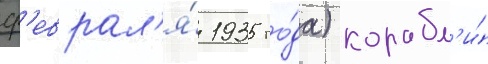
ф'еврал'я́ 1935 го́да) корабл'и́